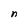
Character: n